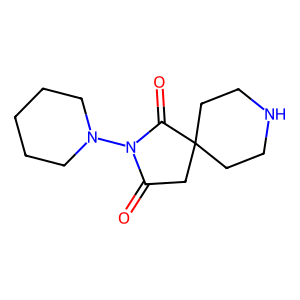
SMILES: O=C1CC2(CCNCC2)C(=O)N1N1CCCCC1
Inhibits HIV replication: No